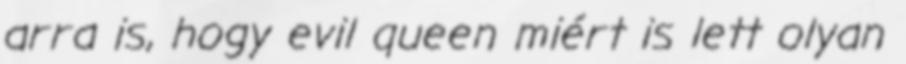
arra is, hogy evil queen miért is lett olyan